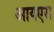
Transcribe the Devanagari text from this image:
आयएस